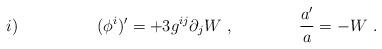
LaTeX: \begin{align*} i) \hskip 2 cm (\phi^i)' = + 3 g^{ij} \partial_j W \ , \qquad \qquad {a'\over a} = - W \ .\end{align*}